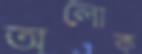
অলোক